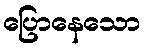
ပြောနေသော